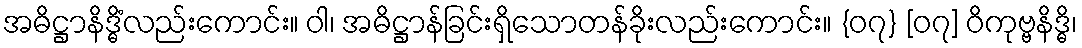
အဓိဋ္ဌာနိဒ္ဓိံလည်းကောင်း။ ဝါ၊ အဓိဋ္ဌာန်ခြင်းရှိသောတန်ခိုးလည်းကောင်း။ {၀၇} [၀၇] ဝိကုဗ္ဗနိဒ္ဓိ၊